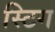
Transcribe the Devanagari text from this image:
स्टिग